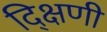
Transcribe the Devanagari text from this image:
द्क्षिणी